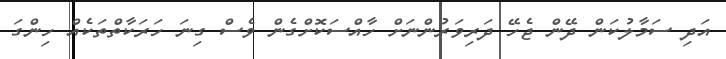
އަދި ސަމާލުކަން ދޭން ޖެހޭ ދަރިވަރުންނަށް ހާއްސަކޮށްގެން ވެސް ގިނަ ހަރަކާތްތަކެއް ހިންގަ